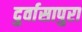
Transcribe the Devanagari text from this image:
दुर्वासापुरा